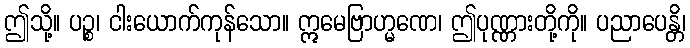
ဤသို့။ ပဉ္စ၊ ငါးယောက်ကုန်သော။ ဣမေဗြာဟ္မဏေ၊ ဤပုဏ္ဏားတို့ကို။ ပညာပေန္တိ၊